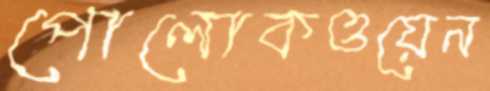
পোলোকওয়েন